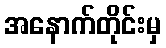
အနောက်တိုင်းမှ